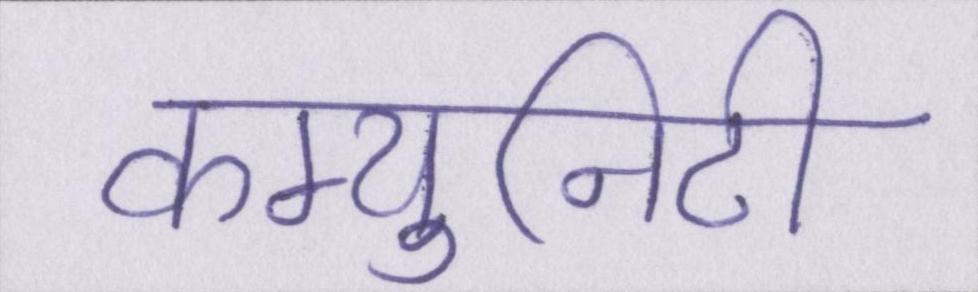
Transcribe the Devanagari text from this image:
कम्युनिटी